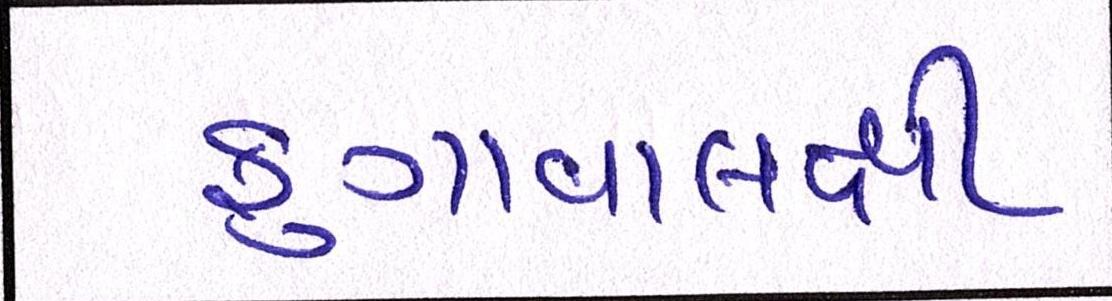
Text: ફુગાવાલક્ષી